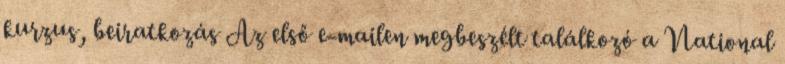
kurzus, beiratkozás Az első e-mailen megbeszélt találkozó a National